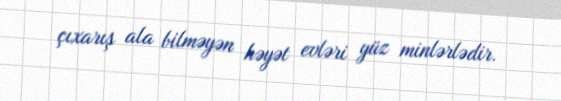
çıxarış ala bilməyən həyət evləri yüz minlərlədir.